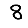
Digit: 8